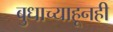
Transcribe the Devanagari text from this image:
बुधाच्याहूनही